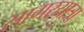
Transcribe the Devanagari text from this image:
सागरयात्रा